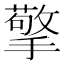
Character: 擎